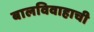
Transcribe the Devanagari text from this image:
बालविवाहाची